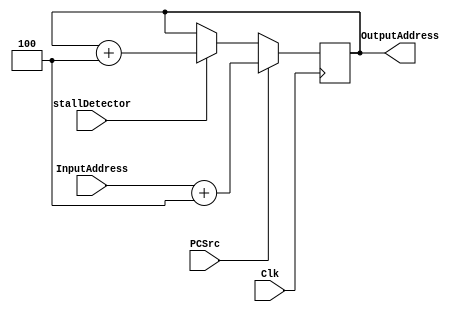
module PC(Clk,InputAddress,PCSrc,OutputAddress,stallDetector);
input wire Clk; //Clk signal
input wire [31:0]InputAddress;  //The address that comes from DECODE stage
input wire PCSrc; 		//PCSrc signal that comes form DECODE stage
				//This signal decides whether the next PC address will be
				//the normal PC address , branch address or jump address
				//this done by using the PCSrc as a selector of mux its inputs
				//the jump/branch address or the normal address
				//in this code i didnt define a real mux module to do this
				//i just put a condition that act like a mux 
				//you will find it and understand it in the DECODE file

output reg [31:0]OutputAddress; //The nex PC address it may be the normal address (PC+4)
				//May be a jump address or branch address
input wire stallDetector;	//stall Detector signal that comes from MIPS TOPMODULE

initial begin OutputAddress<=0; end //Initialize the output address to be 0 as simualtor intializes it with xxxxx   
         
always@(posedge Clk) //@ every posedge of Clk cycle we get anew PC address 
begin
if(PCSrc==1) begin OutputAddress<=(InputAddress+4); end //if PCSrc==1 means that i have a branch or jump
							//so the new PC will be the address of branching or jumping added to 4

else if(stallDetector==0) begin OutputAddress <= (OutputAddress); end
						//stall Detector=0 when it faces a stall situation
						//in stall in need to Prevent update of PC and IF/ID register
						//so the output address of PC still same 

else begin OutputAddress <= OutputAddress + 4; end //normal condition as the instructions are executed smoothly
						   //increase the current address by 4
end 

endmodule 

module InstMem(Clk,PCaddress,ReadData); //Instruction memory module

input wire Clk;  //Clk signal
input wire[31:0]PCaddress ; //the address that we want to read from Instruction Memory
output reg [31:0] ReadData; // the output data of instruction memory (the Instruction) 
parameter MemDepth = (2**8)-1; //the depth of instruction memory ,here it will be 256
reg [31:0] InstructionMem [0:MemDepth];//the width of instruction memory , here it will be 32

integer i;

initial begin 	
		//$readmemh("test.txt", InstructionMem); //Incase if you would to fill data instruction form outside txt file
		

		//for(i=0;i<(2**8);i=i+1) begin InstructionMem[i]<=0; end //initializing the instruction memory with zeroes
		
						///////////SAMPLE of TEST CASES///////////

		  /*InstructionMem[0]  <= 32'b10001110011100010000000000010100; //lw $s1, 20($s3)
		  InstructionMem[1]  <= 32'b10001110001010000000000000000000; //lw $t0, 0($s1) 
		  InstructionMem[2]  <= 32'b10001101000100100000000000000000; //lw $s2, 0($t0)*/ 
		
                  /*InstructionMem[0] <= 32'b100011_10000_010010000000000000000;   //lw $t1, 0($s0)
                  InstructionMem[1] <= 32'b000000_01001_10011_01010_00000100000;  //add $t2,$t1,$s3
                  InstructionMem[2] <= 32'b00010001001010100000000000000001;   //beq $t1,$t2,label
                  InstructionMem[3] <= 32'b00000010011100111000100000100000;   //add $s1,$s3,$s3
                  InstructionMem[4] <= 32'b00000010010100111000100000100000;   //label: add $s1,$s2,$s3*/
           
                  /*InstructionMem[0] <= 32'b100011_10000_01001_0000000000000000;   //lw $t1, 0($s0)
                  InstructionMem[1] <= 32'b100011_10000_01010_0000000000000000;   //lw $t2, 0($s0)
                  InstructionMem[2] <= 32'b000100_01001_01010_0000000000001010;   //beq $t1,$t2,label
                  InstructionMem[3] <= 32'b000000_10011_10011_10010_00000100000;   //add $s2,$s3,$s3
                  InstructionMem[13] <= 32'b000000_01001_01010_10001_00000100000;   //label: add $s1,$t1,$t2*/
                 

                  /*InstructionMem[0] <= 32'b100011_10000_01001_0000000000000000;   //lw $t1, 0($s0)
                  InstructionMem[1] <= 32'b101011_01010_01001_0000000000000000;   //sw $t1, 0($t2)
                  InstructionMem[2] <= 32'b100011_01010_01100_0000000000000000;   //lw $t4, 0($t2)
                  InstructionMem[3] <= 32'b000100_01001_01100_0000000000000001;   //beq $t1,$t4,label
                  InstructionMem[4] <= 32'b00000010011100111000100000100000;   //add $s1,$s3,$s3
                  InstructionMem[5] <= 32'b00000010010100111000100000100000;   //label: add $s1,$s2,$s3*/

		 /* InstructionMem[0] <= 32'b00000010010100111000100000100000;   //add $s1,$s2,$s3
                  InstructionMem[1] <= 32'b00000010100101011001100000100000;   //add $s3,$s4,$s5
                  InstructionMem[2] <= 32'b00000001001010100100000000100000;   //add $t0,$t1,$t2
                  InstructionMem[3] <= 32'b00010010001100100000000000001010;   //beq $s1,$s2,Loop
                  InstructionMem[4] <= 32'b00000000000000000000000000000000;   //nop
                  InstructionMem[5] <= 32'b00000000000000000000000000000000;   //nop
		  InstructionMem[14]<= 32'b00000001000010100100000000100000;  //Loop: add $t0,$t0,$t2*/

		/* InstructionMem[0] <= 32'b00000010100101011001000000100000;   //add $s2,$s4,$s5
                  InstructionMem[1] <= 32'b00000010010101101000100000100000;   //add $s1,$s2,$6
                  InstructionMem[2] <= 32'b00000001001010100100000000100000;   //add add $t0,$t1,$t2
                 InstructionMem[3] <= 32'b00010010001100100000000000001010;   //beq $s1,$s2,Loop
                  //InstructionMem[4] <= 32'b00000000000000000000000000000000;   //nop
                  //InstructionMem[5] <= 32'b00000000000000000000000000000000;   //nop
		  InstructionMem[14]<= 32'b00000001000010100100000000100000;  //Loop: add $t0,$t0,$t2*/

		/*InstructionMem[0] <= 32'b00000010100101011001000000100000;   //add $s2,$s4,$s5
		 InstructionMem[1] <= 32'b00000001001010100100000000100000;   //add $t0,$t1,$t2
                  InstructionMem[2] <= 32'b00000010010101101000100000100000;   //add $s1,$s2,$6
                 
                  InstructionMem[3] <= 32'b000100_10001_01000_0000000000001010;   //beq $s1,$t0,Loop
                  InstructionMem[4] <= 32'b00000000000000000000000000000000;   //nop
                  InstructionMem[5] <= 32'b00000000000000000000000000000000;   //nop
		  InstructionMem[14]<= 32'b00000001000010100100000000100000;  //Loop: add $t0,$t0,$t2*/

		  /*InstructionMem[0] <= 32'b10001110011100010000000000010100;   //lw $s1, 20($s3)
               InstructionMem[1] <= 32'b10001110001010000000000000000000;   //lw $t0,0($s1)
                  InstructionMem[2] <= 32'b10001101000100100000000000000000;   //lw $s2,0($t0)
                  InstructionMem[3] <= 32'b00000010010100011000000000100000;   //add $s0,$s2,$s1
                  //InstructionMem[4] <= 32'b00000000000000000000000000000000;   //nop*/

		/*  InstructionMem[0] <= 32'b00000010001100101000000000100000;   //add $s0,$s1,$s2
                  InstructionMem[1] <= 32'b00000010000100000100000000100000;   //add $t0,$s0,$s0
                  InstructionMem[2] <= 32'b00000001000100000100100000100000;   //add $t1,$t0,$s0
		  InstructionMem[3] <= 32'b10001110000010100000000000000000;   //lw $t2,0($s0)*/

		 /* InstructionMem[0] <= 32'b00000010100101011001000000100000;   //add $s2,$s4,$s5
                  InstructionMem[1] <= 32'b00000010010101101000100000100000;   //add $s1,$s2,$6
                  //InstructionMem[2] <= 32'b00000010010101101001100000100000;   //add $s3,$s2,$s6
                 // InstructionMem[2] <= 32'b000100_10001_10010_0000_0000_0000_1010;   //beq $s1,$s2,Loop
                  //InstructionMem[4] <= 32'b00000000000000000000000000000000;   //nop
                  //InstructionMem[5] <= 32'b00000000000000000000000000000000;   //nop
		//  InstructionMem[13]<= 32'b00000001000010100100000000100000;  //Loop: add $t0,$t0,$t2*/

		/* InstructionMem[1] <= 32'b00000010001100101000000000100000;   //add $s0,$s1,$s2
		 InstructionMem[2] <= 32'b10001110001010010000000000000000;   //lw $t1,0($s1)
                InstructionMem[3] <= 32'b00010001001010100000000000001011;   //beq $t1,$t2, Label
                 //InstructionMem[5] <= 32'b00000000000000000000000000000000;   //nop
                //  InstructionMem[4] <= 32'b00000000000000000000000000000000;   //nop
                  //InstructionMem[5] <= 32'b00000000000000000000000000000000;   //nop
		  InstructionMem[15]<= 32'b00000010000100101000000000100000;  //Label: add $s0,$s0,$s2*/

 		 /*InstructionMem[0] <= 32'b00000010100101011001000000100000;   //add $s2,$s4,$s5
                  InstructionMem[1] <= 32'b000000_10010_10110_1000100000100000;   //add $s1,$s2,$6
                  InstructionMem[2] <= 32'b000000_10010_10110_10011_00000100000;   //add $s3,$s2,$s6
                  InstructionMem[3] <= 32'b000100_10001_10011_0000000000001010;   //beq $s1,$s3,Loop
                  InstructionMem[4] <= 32'b00000000000000000000000000000000;   //nop
                  InstructionMem[5] <= 32'b00000000000000000000000000000000;   //nop
		  InstructionMem[14]<= 32'b00000001000010100100000000100000;  //Loop: add $t0,$t0,$t2*/

             	/* InstructionMem[0]<= 32'b00100010001100000000000000001010;  //addi $s0,$s1,10
		 InstructionMem[1]<= 32'b00100010000100100000000000010100;  //addi $s2,$s0,20*/

		  /*InstructionMem[0] <= 32'b10001110001010010000000000000000;   //lw $t1,0($s1)
		  InstructionMem[1] <= 32'b00000010001100100101000000100000;   //add $t2,$s1,$s2
                  InstructionMem[2] <= 32'b00010001001010100000000000001011;   //beq $t1,$t2, Label
                  InstructionMem[3] <= 32'b000000_10010_10110_10011_00000100000;   //add $s3,$s2,$s6
                //  InstructionMem[4] <= 32'b00000000000000000000000000000000;   //nop
                  //InstructionMem[5] <= 32'b00000000000000000000000000000000;   //nop
		  InstructionMem[14]<= 32'b00000010000100101000000000100000;  //Label: add $s0,$s0,$s2*/

		 /*InstructionMem[1]<= 32'b000011_00000000000000000000010011;  //jal L
		 InstructionMem[20]<=32'b000000_10001_10010_10000_00000100000;  //add $s0,$s1,$s2 de 3awza 200ns leh?*/

		/*InstructionMem[1]<= 32'b00000001011011000110100000100000;  //add $t5,$t3,$t4
		 InstructionMem[2]<=32'b00000001101000000000000000001000;  //jr $t5
		 InstructionMem[3]<=32'b00000010001100100101000000100000;   //add $t2,$s1,$s2
		InstructionMem[20]<=32'b00000010001100101000000000100000;  //add $s0,$s1,$s2  // de 3awza 180ns*/

		/*InstructionMem[1]<= 32'b10001111000011010000000000000000;  //lw $t5,0($t8)
		 InstructionMem[2]<=32'b00000001101000000000000000001000;  //jr $t5
		 InstructionMem[3]<=32'b00000010001100100101000000100000;   //add $t2,$s1,$s2
		InstructionMem[20]<=32'b00000010001100101000000000100000;  //add $s0,$s1,$s2  // de 3awza 200ns*/

		//InstructionMem[1]<= 32'b00111100000100000000000000110010; //lui $s0,50

		//InstructionMem[1]<= 32'b00000010011100101000100000_101010; //sgt $s1,$s2,$s3 NOT Suported

		//InstructionMem[1]<= 32'b00000000000010100100101010000000;

		//InstructionMem[1]<= 32'b00100001000010000000000000000001;//addi $t0,$t0,1 overflow detection

		 /* InstructionMem[0] <= 32'b00000010001100101001100000100000;   //add $s3,$s1,$s2
		  InstructionMem[1] <= 32'b00000010001100111000100000100000;   //add $s1,$s1,$s3
                  InstructionMem[2] <= 32'b00010110001100000000000000001011;   //bne $s1,$s0,Label
                  InstructionMem[3] <= 32'b000000_10010_10110_10011_00000100000;   //add $s3,$s2,$s6
                //  InstructionMem[4] <= 32'b00000000000000000000000000000000;   //nop
                  //InstructionMem[5] <= 32'b00000000000000000000000000000000;   //nop
		  InstructionMem[14]<= 32'b10001110010010000000000000000000;  //Label:lw $t0,0($s2)*/


end


initial begin ReadData<=0; end//Initialize the ReadData (the instruction) to be 0 as simualtor intializes it with xxxxx   
         
always @(negedge Clk) begin ReadData <= InstructionMem[PCaddress>>2];end //Read from InstMem @ negedge
									 //each cycle the output is a new instruction 
									 //or the same instruction in case of stalling

endmodule

module FetchStage(Clk,ReadData,InputAddress,OutputAddress,PCSrc,stallDetector);//Top Module of Fetch stage

input wire Clk; //Clk signal

output wire [31:0]ReadData;//instruction readed

input wire [31:0]InputAddress;//the input address of the PC module (the new address that i will branch or jump in case they are found )

input wire PCSrc;	//PCSrc signal that comes form DECODE stage, its explained before

output wire [31:0]OutputAddress; //the output address of PC module (the current PC address)

input wire stallDetector; //stall Detector signal that comes from MIPS TOPMODULE , its explained there

PC PC1(Clk,InputAddress,PCSrc,OutputAddress,stallDetector);//definig an instant of PC module

InstMem MyInst(Clk,OutputAddress,ReadData);//definig an instant of Instruction memory module
endmodule